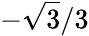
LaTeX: -{\sqrt{3}}/3